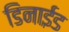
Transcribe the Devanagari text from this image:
डिनाईड